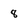
Character: 8